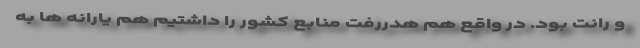
و رانت بود. در واقع هم هدررفت منابع کشور را داشتیم هم یارانه ها به